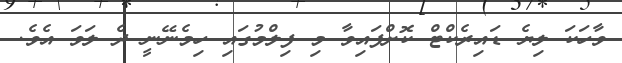
ވާހަކަ ލިޔެ ޑައިރެކްޓް ކޮށްފައިވާ މި ފިލްމުގައި ހިމެނޭނީ ދެ ލަވަ އެވެ.